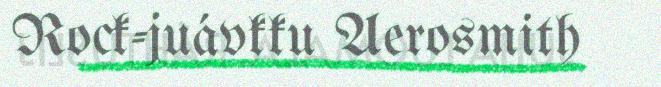
Rock-juávkku Aerosmith